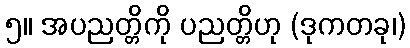
၅။ အပညတ္တိကို ပညတ္တိဟု (ဒုကတခု၊)